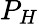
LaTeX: P_{H}